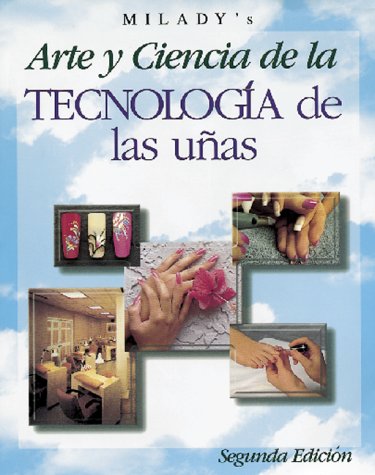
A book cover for Arte y Ciencia de la Tecnologia de las Unas de Milady; Jack Chaplin; Health, Fitness & Dieting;